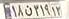
۱۸ن۳۱۹۱۳